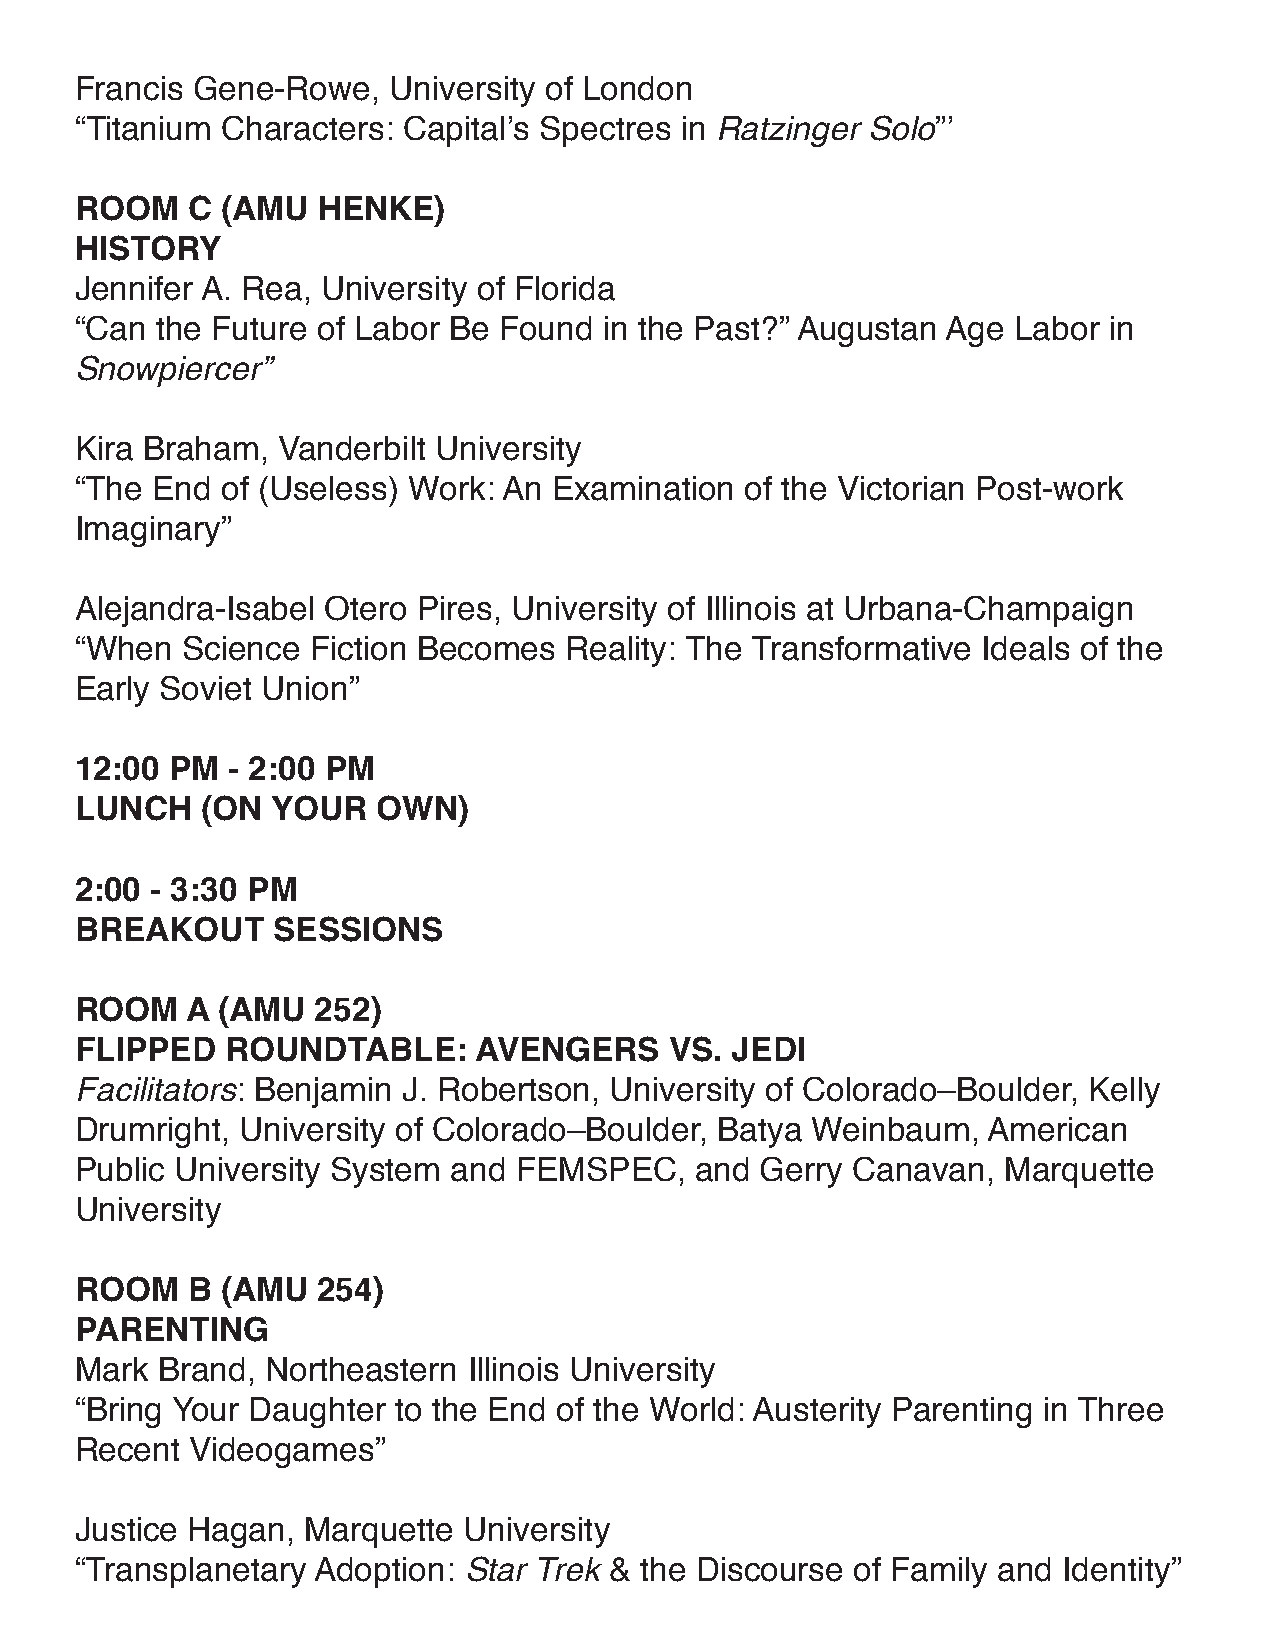
Francis Gene-Rowe,   University of London
 “Titanium Characters: Capital’s Spectres in Ratzinger Solo”’
 ROOM   C  (AMU  HENKE)
 HISTORY
 Jennifer A. Rea, University of Florida
 “Can the Future of Labor Be Found  in the Past?” Augustan Age Labor in
 Snowpiercer”
 Kira Braham, Vanderbilt University
 “The End  of (Useless) Work: An Examination of the Victorian Post-work
 Imaginary”
 Alejandra-Isabel Otero Pires, University of Illinois at Urbana-Champaign
 “When  Science  Fiction Becomes Reality: The Transformative Ideals of the
 Early Soviet Union”
 12:00 PM  - 2:00 PM
 LUNCH   (ON  YOUR   OWN)
 2:00 - 3:30 PM
 BREAKOUT     SESSIONS
 ROOM   A (AMU   252)
 FLIPPED   ROUNDTABLE:     AVENgERS     VS. JEDI
 Facilitators: Benjamin J. Robertson, University of Colorado–Boulder, Kelly
 Drumright, University of Colorado–Boulder, Batya Weinbaum,  American
 Public University System and FEMSPEC,    and Gerry Canavan,   Marquette
 University
 ROOM   B  (AMU  254)
 PARENTINg
 Mark Brand,  Northeastern Illinois University
 “Bring Your Daughter to the End of the World: Austerity Parenting in Three
 Recent  Videogames”
 Justice Hagan, Marquette  University
 “Transplanetary Adoption: Star Trek & the Discourse of Family and Identity”